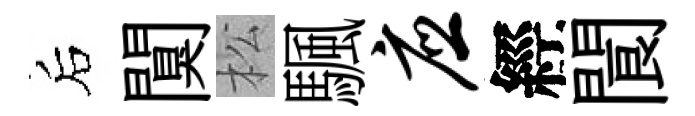
后闃松颿应經閬